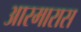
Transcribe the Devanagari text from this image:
आरमारास